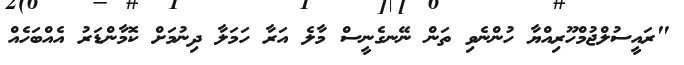
"ރައީސުލްޖުމްހޫރިއްޔާ ހުންނެވި ތަން ނޭނގެނީސް މާލެ އަރާ ހަމަލާ ދިނުމަށް ކޮމާންޑަރު އެއްބަހެއް